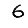
Digit: 6